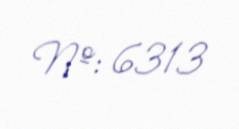
№: 6313